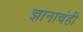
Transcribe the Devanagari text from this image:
ज्ञानाचंही